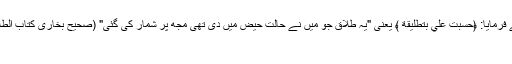
حضرت ابن عمر رضی اللہ تعالیٰ عنہ نے فرمایا: ﴿حُسِبَتْ عَلَيَّ بِتَطْلِيقَةٍ ﴾ یعنی "یہ طلاق جو میں نے حالتِ حیض میں دی تھی مجھ پر شمار کی گئی" (صحیح بخاری کتاب الطلاق بابإِذَا طُلِّقَتْ الْحَائِضُ تَعْتَدُّ بِذَلِكَ الطَّلَاقِ)
دلیل نمبر 3۔